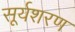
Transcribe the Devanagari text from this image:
सूर्यशरण